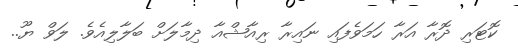
ކޮޓަރި ދޮރާ އަރާ ހަމަވެފައި ނައިރާ ރިއާޝްއާ ދިމާލަށް ބަލާލިއެވެ. ލަވް ޔޫ..